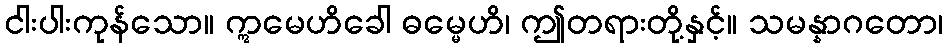
ငါးပါးကုန်သော။ ဣမေဟိခေါ ဓမ္မေဟိ၊ ဤတရားတို့နှင့်။ သမန္နာဂတော၊